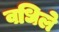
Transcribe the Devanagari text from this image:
वधिले